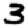
Digit: 3